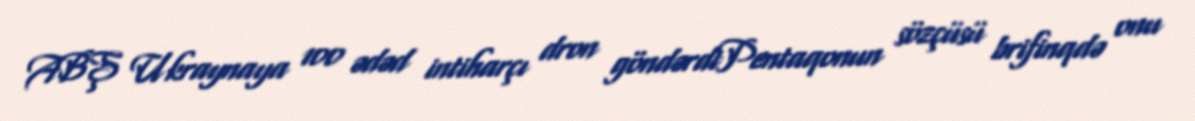
ABŞ Ukraynaya 100 ədəd intiharçı dron göndərdiPentaqonun sözçüsü brifinqdə onu